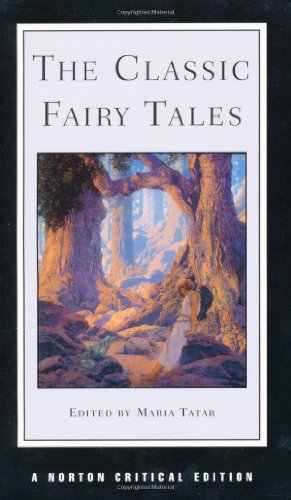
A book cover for The Classic Fairy Tales (Norton Critical Editions); Literature & Fiction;